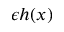
\epsilon h ( x )